Indian journal of veterinary science and animal husbandry - Volumes 18-21, 1948-1951
Year: 1948
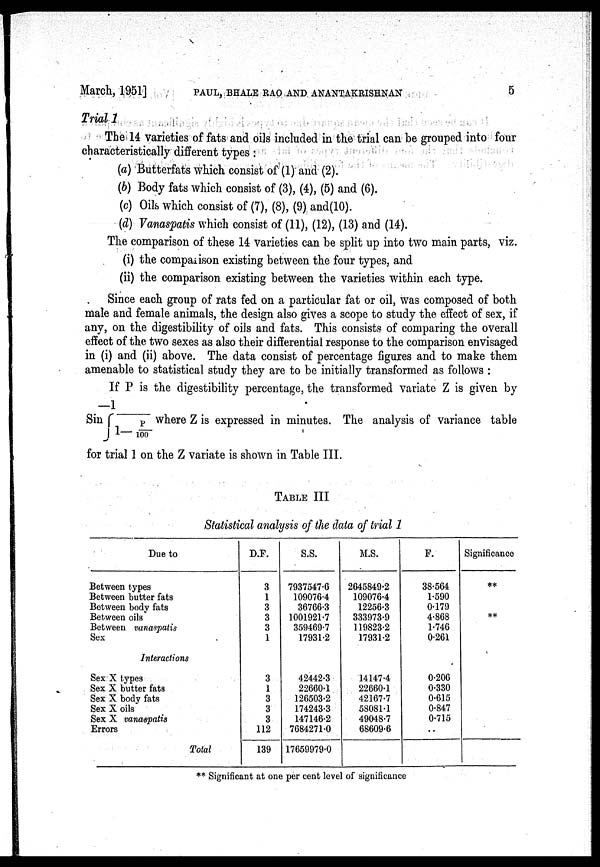
March, 1951] PAUL, BHALE RAO AND ANANTAKRISHNAN 5
Trial 1
The 14 varieties of fats and oils included in the trial can be grouped into four
characteristically different types :
(a) Butterfats which consist of (1) and (2).
(b) Body fats which consist of (3), (4), (5) and (6).
(c) Oils which consist of (7), (8), (9) and(10).
(d) Vanaspatis which consist of (11), (12), (13) and (14).
The comparison of these 14 varieties can be split up into two main parts, viz.
(i) the comparison existing between the four types, and
(ii) the comparison existing between the varieties within each type.
Since each group of rats fed on a particular fat or oil, was composed of both
male and female animals, the design also gives a scope to study the effect of sex, if
any, on the digestibility of oils and fats. This consists of comparing the overall
effect of the two sexes as also their differential response to the comparison envisaged
in (i) and (ii) above. The data consist of percentage figures and to make them
amenable to statistical study they are to be initially transformed as follows :
If P is the digestibility percentage, the transformed variate Z is given by
—1
Sin ∫ 1— P / 100 where Z is expressed in minutes. The analysis of variance table
for trial 1 on the Z variate is shown in Table III.
TABLE III
Statistical analysis of the data of trial 1
Due to
Between types
Between butter fats
Between body fats
Between oils
Between vanaspatis
Sex
Interactions
Sex X types
Sex X butter fats
Sex X body fats
Sex X oils
Sex X vanaspatis
Errors
Total
D.F.
3
1
3
3
3
1
3
1
3
3
3
112
139
S.S.
7937547.6
109076.4
36766.3
1001921.7
359469.7
17931.2
42442.3
22660.1
126503.2
174243.3
147146.2
7684271.0
17659979.0
M.S.
2645849.2
109076.4
12256.3
333973.9
119823.2
17931.2
14147.4
22660.1
42167.7
58081.1
49048.7
68609.6
F.
38.564
1.590
0.179
4.868
1.746
0.261
0.206
0.330
0.615
0.847
0.715
..
Significance
**
**
** Significant at one per cent level of significance